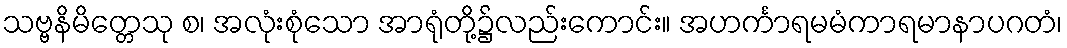
သဗ္ဗနိမိတ္တေသု စ၊ အလုံးစုံသော အာရုံတို့၌လည်းကောင်း။ အဟင်္ကာရမမံကာရမာနာပဂတံ၊